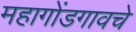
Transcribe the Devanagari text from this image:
महागोंडगावचे